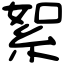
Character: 絮